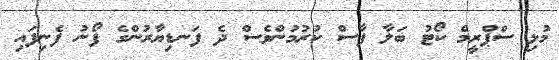
މުޅި ސްޕްރީމް ކޯޓު ބަލާ ފާސް ކުރުމުންވެސް ދެ ފަނޑިޔާރުންގެ ފޯނު ފެނިފައި